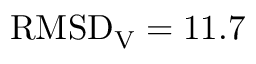
\mathrm { R M S D } _ { \mathrm { V } } = 1 1 . 7